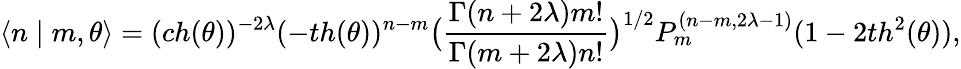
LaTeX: \langle n\mid m,\theta\rangle=(ch(\theta))^{-2\lambda}(-th(\theta))^{n-m}\big(\frac{\Gamma(n+2\lambda)m!}{\Gamma(m+2\lambda)n!}\big)^{1/2}P_{m}^{(n-m,2\lambda-1)}(1-2th^{2}(\theta)),